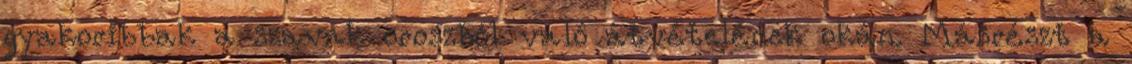
gyakoribbak a szavak oroszból való átvételének okán. Másrészt a